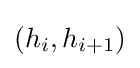
(h_{i},h_{i+1})